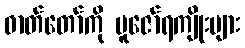
ဓာတ်တော်ကို ပူဇော်ရကျိုးများ